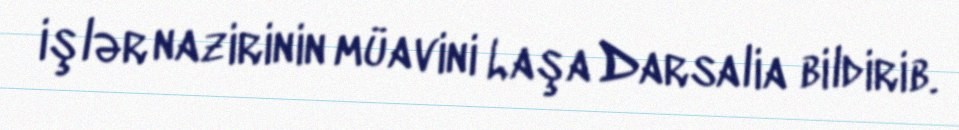
işlər nazirinin müavini Laşa Darsalia bildirib.